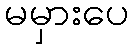
မမှားပေ